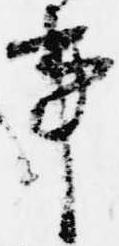
事